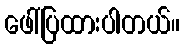
ဖေါ်ပြထားပါတယ်။